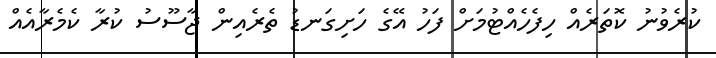
ކުރެވުނު ކޮތަރެއް ހިފެހެއްޓުމަށް ފަހު އޭގެ ހަށިގަނޑު ތެރެއިން ޖާސޫސު ކުރާ ކެމެރާއެއް